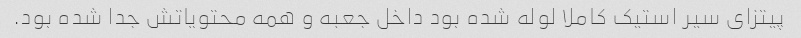
پیتزای سیر استیک کاملا لوله شده بود داخل جعبه و همه محتویاتش جدا شده بود.